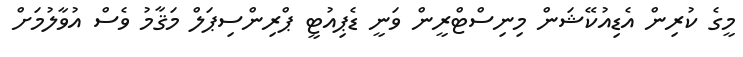
މީގެ ކުރިން އެޑިއުކޭޝަން މިނިސްޓްރީން ވަނީ ޑެޕިއުޓީ ޕްރިންސިޕަލް މަޤާމު ވެސް އުވާލުމަށް